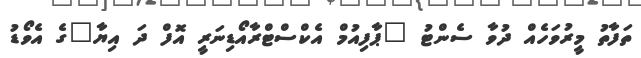
ތަފާތު މީރުވަހެއް ދުވާ ސެންޓު "ޕާފިއުމް އެކްސްޓްރާއޯޑިނަރީ އޮފް ދަ އިޔާ"ގެ އެވޯޑު